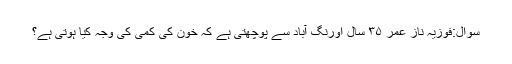
سوال:فوزیہ ناز عمر ۳۵ سال اورنگ آباد سے پوچھتی ہے کہ خون کی کمی کی وجہ کیا ہوتی ہے؟